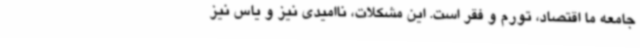
جامعه ما اقتصاد، تورم و فقر است. این مشکلات، ناامیدی نیز و یاس نیز